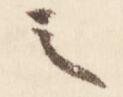
之